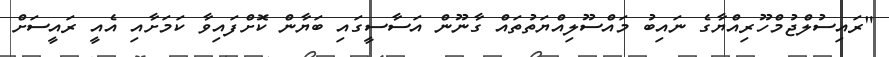
"ރައިސުލްޖުމްހޫރިއްޔާގެ ނައިބު މައްސޫލިއްޔަތުތައް ގާނޫން އަސާސީގައި ބަޔާން ކޮށްފައިވާ ކަމަށާއި އެއީ ރައީސަށް